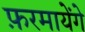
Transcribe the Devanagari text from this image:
फ़रमायेंगे